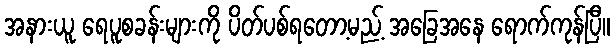
အနားယူ ရေပူစခန်းများကို ပိတ်ပစ်ရတော့မည့် အခြေအနေ ရောက်ကုန်ပြီ။